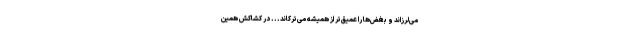
می‌لرزاند و بغض‌ها را عمیق‌تر از همیشه می‌ترکاند... در کشاکش همین